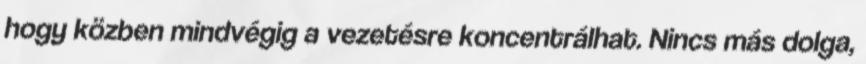
hogy közben mindvégig a vezetésre koncentrálhat. Nincs más dolga,